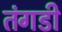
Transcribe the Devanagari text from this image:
तंगडी